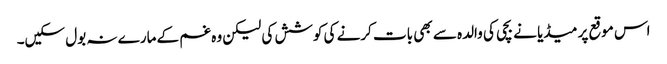
اس موقع پر میڈیا نے بچی کی والدہ سے بھی بات کرنے کی کوشش کی لیکن وہ غم کے مارے نہ بول سکیں۔